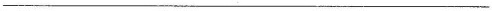
___